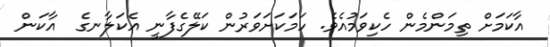
އާކަމަށް ތިމަންމެން ހެކިވަމުއެވެ. ހަމަކަށަވަރުން ކަލޭގެފާނީ އެކަލާނގެ  އާކަން